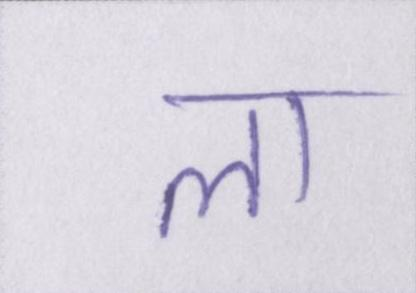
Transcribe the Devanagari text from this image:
ला